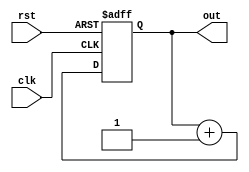
module Counter8bit(input clk,input rst,output reg [7:0] out);
    always @(posedge clk or posedge rst) begin
        if (rst) out <= 8'b00000000;
        else out <= out + 8'b00000001;
    end
endmodule